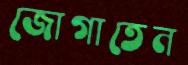
জোগাতেন